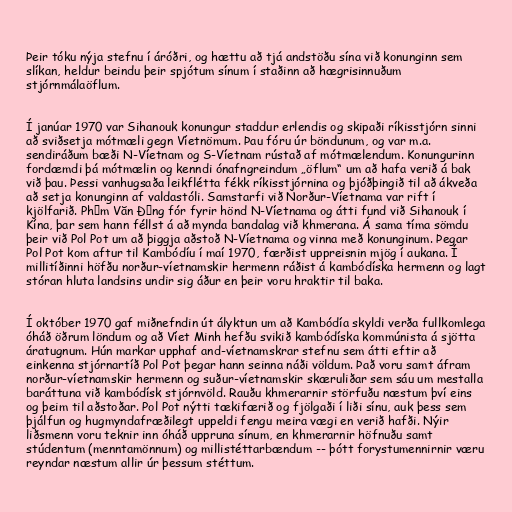
Þeir tóku nýja stefnu í áróðri, og hættu að tjá andstöðu sína við konunginn sem
slíkan, heldur beindu þeir spjótum sínum í staðinn að hægrisinnuðum
stjórnmálaöflum.

Í janúar 1970 var Sihanouk konungur staddur erlendis og skipaði ríkisstjórn sinni
að sviðsetja mótmæli gegn Víetnömum. Þau fóru úr böndunum, og var m.a.
sendiráðum bæði N-Víetnam og S-Víetnam rústað af mótmælendum. Konungurinn
fordæmdi þá mótmælin og kenndi ónafngreindum „öflum“ um að hafa verið á bak
við þau. Þessi vanhugsaða leikflétta fékk ríkisstjórnina og þjóðþingið til að ákveða
að setja konunginn af valdastóli. Samstarfi við Norður-Víetnama var rift í
kjölfarið. Phạm Văn Đồng fór fyrir hönd N-Víetnama og átti fund við Sihanouk í
Kína, þar sem hann féllst á að mynda bandalag við khmerana. Á sama tíma sömdu
þeir við Pol Pot um að þiggja aðstoð N-Víetnama og vinna með konunginum. Þegar
Pol Pot kom aftur til Kambódíu í maí 1970, færðist uppreisnin mjög í aukana. Í
millitíðinni höfðu norður-víetnamskir hermenn ráðist á kambódíska hermenn og lagt
stóran hluta landsins undir sig áður en þeir voru hraktir til baka.

Í október 1970 gaf miðnefndin út ályktun um að Kambódía skyldi verða fullkomlega
óháð öðrum löndum og að Víet Minh hefðu svikið kambódíska kommúnista á sjötta
áratugnum. Hún markar upphaf and-víetnamskrar stefnu sem átti eftir að
einkenna stjórnartíð Pol Pot þegar hann seinna náði völdum. Það voru samt áfram
norður-víetnamskir hermenn og suður-víetnamskir skæruliðar sem sáu um mestalla
baráttuna við kambódísk stjórnvöld. Rauðu khmerarnir störfuðu næstum því eins
og þeim til aðstoðar. Pol Pot nýtti tækifærið og fjölgaði í liði sínu, auk þess sem
þjálfun og hugmyndafræðilegt uppeldi fengu meira vægi en verið hafði. Nýir
liðsmenn voru teknir inn óháð uppruna sínum, en khmerarnir höfnuðu samt
stúdentum (menntamönnum) og millistéttarbændum -- þótt forystumennirnir væru
reyndar næstum allir úr þessum stéttum.